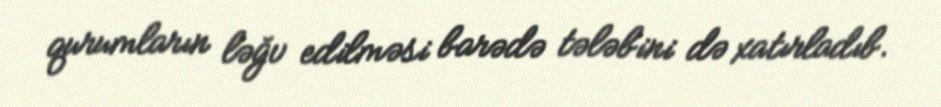
qurumların ləğv edilməsi barədə tələbini də xatırladıb.